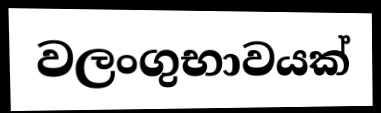
වලංගුභාවයක්